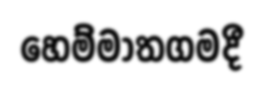
හෙම්මාතගමදී